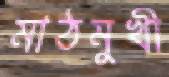
মাঠমুখী